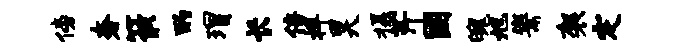
傍奢筱酌瑁长倍捍昊摄芹国魄旭鬻袈定